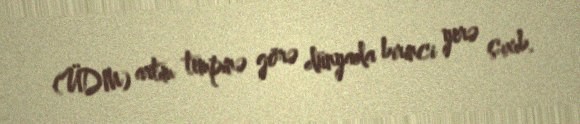
(ÜDM) artım tempinə görə dünyada birinci yerə çıxıb.